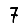
Digit: 7